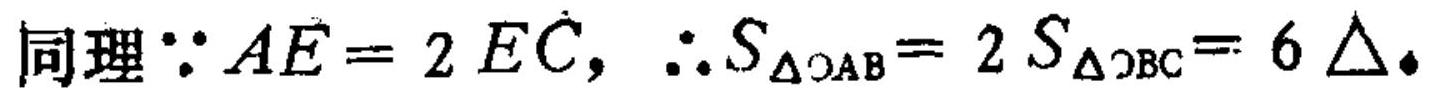
同理\(\because AE = 2EC\)，\(\therefore S_{\triangle OAB}=2S_{\triangle OBC}=6\triangle\).